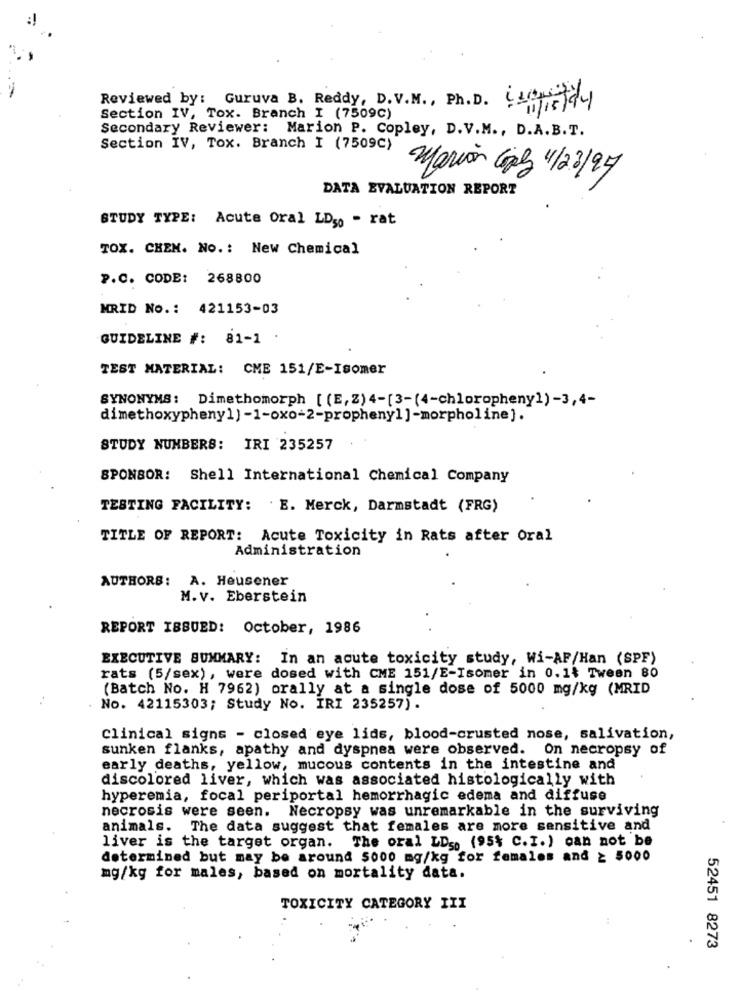
Reviewed by: Guruva B. Reddy, D.V.M ., Ph.D. Leggistay
Section IV, Tox. Branch I (7509C)
Secondary Reviewer: Marion P. Copley, D.V.M ., D.A. B.T.
Section IV, Tox. Branch I (7509C)
Marion Gpl 1/23/97
DATA EVALUATION REPORT
STUDY TYPE: Acute Oral LDso - rat
TOX. CHEM. No .: New Chemical
P.C. CODE: 268800
MRID No .: 421153-03
GUIDELINE #: 81-1
TEST MATERIAL: CME 151/E-Isomer
SYNONYMS: Dimethomorph [ (E, Z) 4-[3-(4-chlorophenyl) -3,4-
dimethoxyphenyl) -1-oxo-2-prophenyl ]-morpholine].
STUDY NUMBERS: IRI 235257
SPONSOR: Shell International Chemical Company
TESTING FACILITY: E. Merck, Darmstadt (FRG)
TITLE OF REPORT: Acute Toxicity in Rats after Oral
Administration
AUTHORS: A. Heusener
M.v. Eberstein
REPORT ISSUED: October, 1986
EXECUTIVE SUMMARY: In an acute toxicity study, Wi-AF/Han (SPF)
rats (5/sex), were dosed with CME 151/E-Isomer in 0.1₺ Tween 80
(Batch No. H 7962) orally at a single dose of 5000 mg/kg (MRID
No. 42115303; Study No. IRI 235257).
Clinical signs - closed eye lids, blood-crusted nose, salivation,
sunken flanks, apathy and dyspnea were observed. On necropsy of
early deaths, yellow, mucous contents in the intestine and
discolored liver, which was associated histologically with
hyperemia, focal periportal hemorrhagic edema and diffuse
necrosis were seen.
Necropsy was unremarkable in the surviving
animals. The data suggest that females are more sensitive and
liver is the target organ. The oral LDs. (95% C.I.) can not be
determined but may be around 5000 mg/kg for females and ≥ 5000
mg/kg for males, based on mortality data.
TOXICITY CATEGORY III
52451 8273